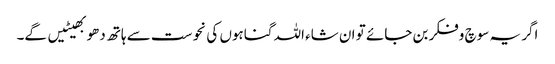
اگر یہ سوچ وفکر بن جائے تو ان شاء اللہ گناہوں کی نحوست سے ہاتھ دھو بھیٹیں گے۔